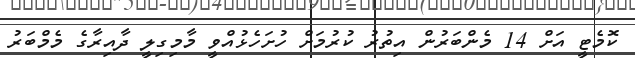
ކޮމެޓީ އަށް 14 މެންބަރުން އިތުރު ކުރުމަށް ހުށަހެޅުއްވީ މާމިގިލީ ދާއިރާގެ މެމްބަރު